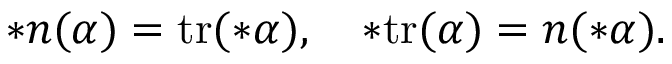
\ast \boldsymbol { n } ( \alpha ) = \mathrm { t r } ( \ast \alpha ) , \quad \ast \mathrm { t r } ( \alpha ) = \boldsymbol { n } ( \ast \alpha ) .